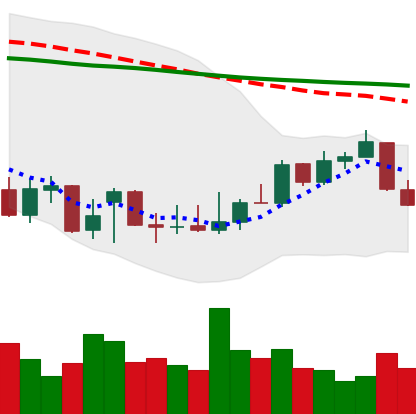
Ticker: XLM-USD
Chart end date: 2021-12-29
Forward return: 8.91%
Label: up_7plus